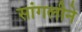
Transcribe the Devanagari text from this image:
सांगलीने